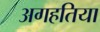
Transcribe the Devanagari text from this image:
अगहतिया